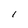
Character: l